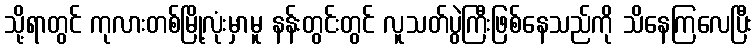
သို့ရာတွင် ကုလားတစ်မြို့လုံးမှာမူ နန်းတွင်းတွင် လူသတ်ပွဲကြီးဖြစ်နေသည်ကို သိနေကြလေပြီး